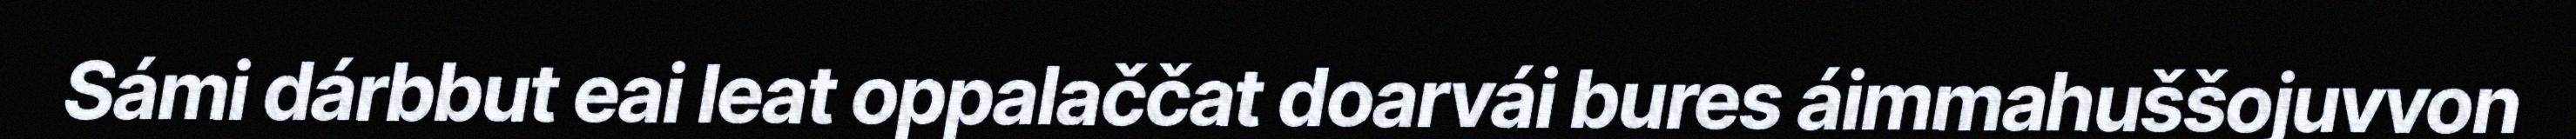
Sámi dárbbut eai leat oppalaččat doarvái bures áimmahuššojuvvon